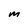
Character: M